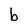
Character: b